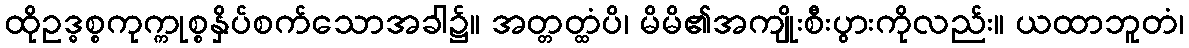
ထိုဥဒ္ဓစ္စကုက္ကုစ္စနှိပ်စက်သောအခါ၌။ အတ္တတ္ထံပိ၊ မိမိ၏အကျိုးစီးပွားကိုလည်း။ ယထာဘူတံ၊